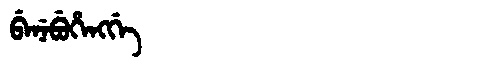
Manchu: ᠪᡝᠨᡝᠪᡠᡥᡝᠩᡤᡝ
Romanization: BENEBUHENGGE